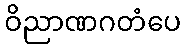
ဝိညာဏဂတံပေ